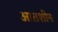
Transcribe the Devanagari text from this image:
आतशीन